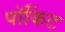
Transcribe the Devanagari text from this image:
पॉकिट